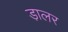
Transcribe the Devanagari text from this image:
डा़लर